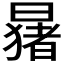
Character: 𬁑